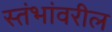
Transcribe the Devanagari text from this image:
स्तंभांवरील